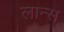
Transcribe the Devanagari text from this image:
लान्‍स